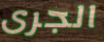
الجرى